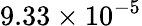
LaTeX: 9.33\times 10^{-5}